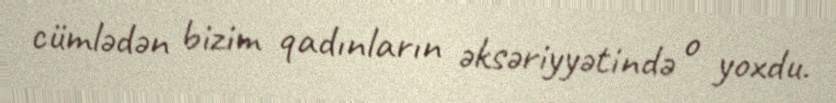
cümlədən bizim qadınların əksəriyyətində o yoxdu.